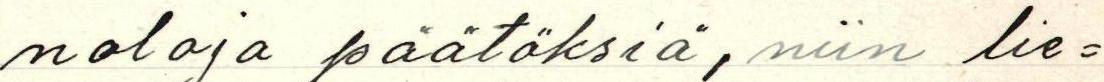
noloja päätöksiä, niin lie-